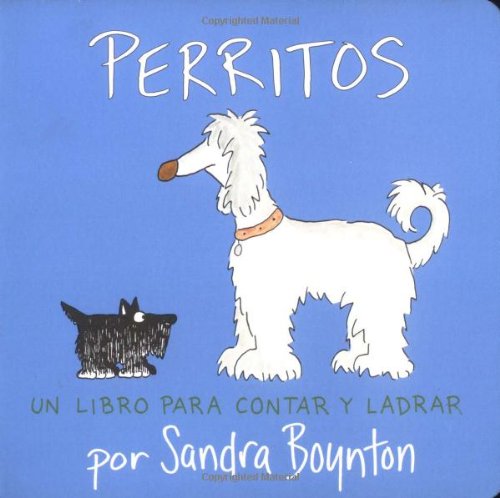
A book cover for Perritos: Un libro para contar y ladrar (Doggies -- Spanish version); Sandra Boynton; Children's Books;